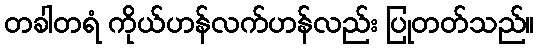
တခါတရံ ကိုယ်ဟန်လက်ဟန်လည်း ပြုတတ်သည်။